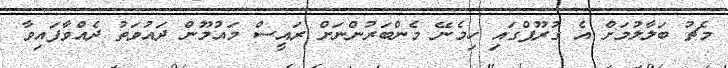
މެޗު ބަލާލުމަށް އެ ގުރޫޕްގައި ހިމެނޭ މެންބަރުންނަށް ރައީސް މައުމޫން ދައުވަތު ދެއްވާފައިވާ